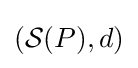
({\mathcal {S}}(P),d)